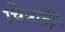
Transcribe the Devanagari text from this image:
चित्रकी